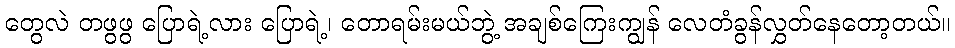
တွေလဲ တဖွဖွ ပြောရဲ့လား ပြောရဲ့၊ တောရမ်းမယ်ဘွဲ့ အချစ်ကြေးကျွန် လေတံခွန်လွှတ်နေတော့တယ်။